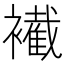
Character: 𧞛